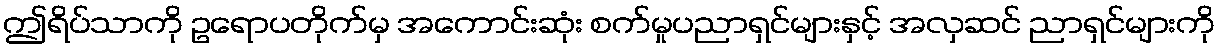
ဤရိပ်သာကို ဥရောပတိုက်မှ အကောင်းဆုံး စက်မှုပညာရှင်များနှင့် အလှဆင် ညာရှင်များကို